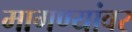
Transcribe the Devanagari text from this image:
मागण्यांवर